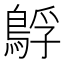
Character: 𮬻